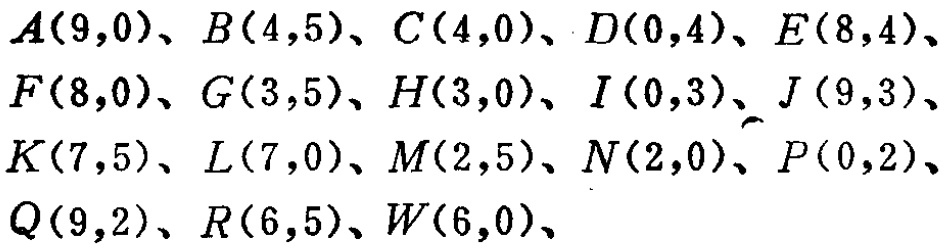
$A(9,0)、B(4,5)、C(4,0)、D(0,4)、E(8,4)、\\

F(8,0)、G(3,5)、H(3,0)、I(0,3)、J(9,3)、\\

K(7,5)、L(7,0)、M(2,5)、N(2,0)、P(0,2)、\\

Q(9,2)、R(6,5)、W(6,0)、$